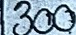
300